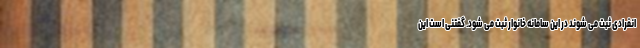
انفرادی ثبت می شوند در این سامانه خانوار ثبت می شود. گفتنی است این